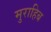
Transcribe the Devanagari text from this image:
मुराहिब